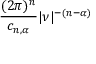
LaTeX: { \frac { ( 2 \pi ) ^ { n } } { c _ { n , \alpha } } } | { \boldsymbol { \nu } } | ^ { - ( n - \alpha ) }